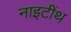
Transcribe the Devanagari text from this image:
नाइटींथ